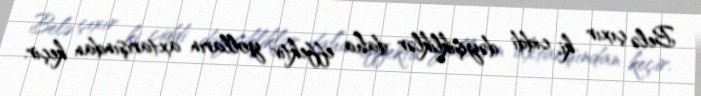
Belə çıxır ki, ciddi dəyişikliklər daha effektiv yolların axtarışından keçir.